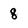
Character: 8